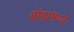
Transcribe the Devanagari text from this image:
बोंडामध्ये